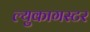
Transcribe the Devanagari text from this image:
ल्युकागस्टर